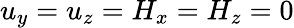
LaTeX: u_{y}=u_{z}=H_{x}=H_{z}=0